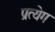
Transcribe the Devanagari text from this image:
प्रत्येग